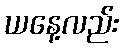
ယနေ့လည်း